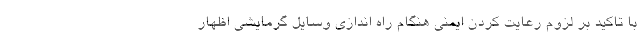
با تاکید بر لزوم رعایت کردن ایمنی هنگام راه اندازی وسایل گرمایشی اظهار